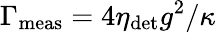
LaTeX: \Gamma_{\mathrm{meas}}=4\eta_{\mathrm{det}}g^{2}/\kappa